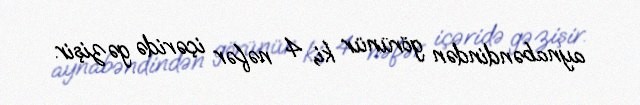
aynabəndindən görünür ki, 4 nəfər içəridə gəzişir.